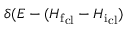
\delta ( E - ( { H _ { \mathrm { f } } } _ { \mathrm { c l } } - { H _ { \mathrm { i } } } _ { \mathrm { c l } } )